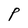
Character: P